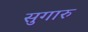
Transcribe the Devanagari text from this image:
सुगारु